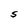
Character: S